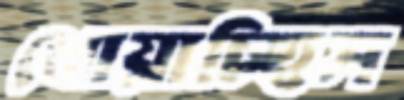
খোয়াচ্ছিস